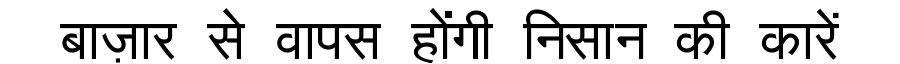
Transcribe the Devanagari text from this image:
बाज़ार से वापस होंगी निसान की कारें